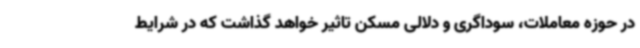
در حوزه معاملات، سوداگری و دلالی مسکن تاثیر خواهد گذاشت که در شرایط